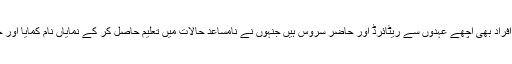
ان کے علاوہ ضلع دیامر کے دیگر افراد بھی اچھے عہدوں سے ریٹائرڈ اور حاضر سروس ہیں جنہوں نے نامساعد حالات میں تعلیم حاصل کر کے نمایاں نام کمایا اور جبی بی کی ترقی میں اپنا حصہ ڈالا۔